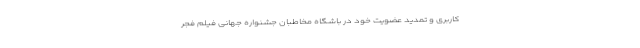
کاربری و تمدید عضویت خود در باشگاه مخاطبان جشنواره جهانی فیلم فجر